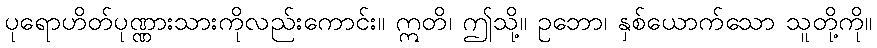
ပုရောဟိတ်ပုဏ္ဏားသားကိုလည်းကောင်း။ ဣတိ၊ ဤသို့။ ဥဘော၊ နှစ်ယောက်သော သူတို့ကို။